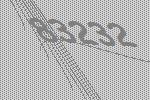
83232